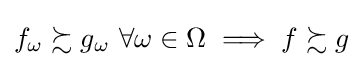
f_{\omega }\succsim g_{\omega }{\text{ }}\forall \omega \in \Omega \implies f\succsim g